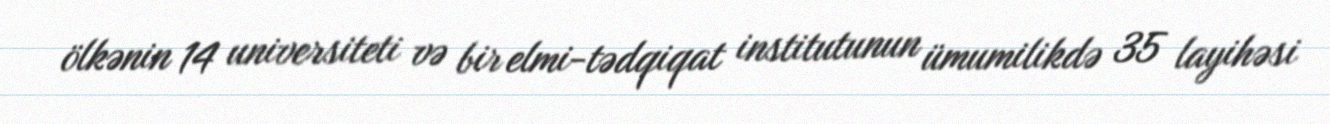
ölkənin 14 universiteti və bir elmi-tədqiqat institutunun ümumilikdə 35 layihəsi